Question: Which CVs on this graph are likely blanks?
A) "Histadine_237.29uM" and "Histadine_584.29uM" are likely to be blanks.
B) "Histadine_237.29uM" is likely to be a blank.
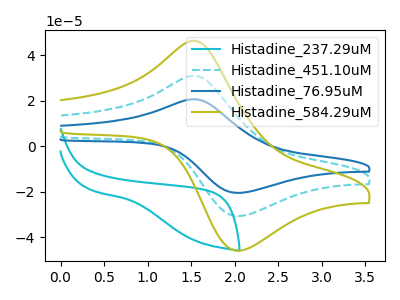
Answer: <think>The cyan curve "Histadine_237.29uM" has no peaks. The cyan dashed curve "Histadine_451.10uM" has an anodic peak at (1.55V, 31.05uA) and a cathodic peak at (2.05V, -30.70uA). The blue curve "Histadine_76.95uM" has an anodic peak at (1.55V, 62.10uA) and a cathodic peak at (2.05V, -61.35uA). The olive curve "Histadine_584.29uM" has an anodic peak at (1.55V, 46.50uA) and a cathodic peak at (2.05V, -45.95uA).</think>
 <answer>B) "Histadine_237.29uM" is likely to be a blank.</answer>
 <eval>B</eval>